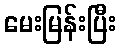
မေးမြန်းပြီး